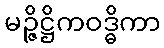
မဉ္ဇိဋ္ဌိကဝဒ္ဓိကာ